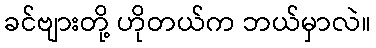
ခင်ဗျားတို့ ဟိုတယ်က ဘယ်မှာလဲ။